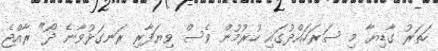
ހަތަރު ގާޑިޔާ މި ސަރަހައްދުގައި ހުރުމުން ވެސް ވިޔަފާރި ރަނގަޅުވާނެ ދޯ" ރާއްޖެ